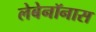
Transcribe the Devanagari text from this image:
लेबेनॉनास